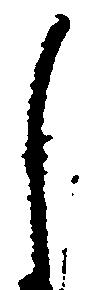
尚